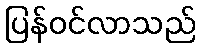
ပြန်ဝင်လာသည်